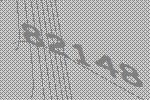
82148